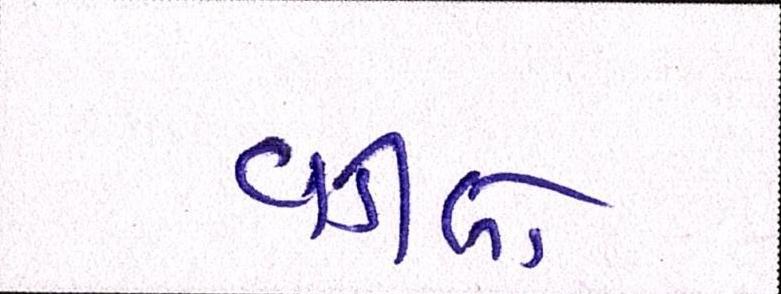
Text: વડીલો